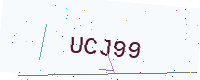
Text: UCJ99